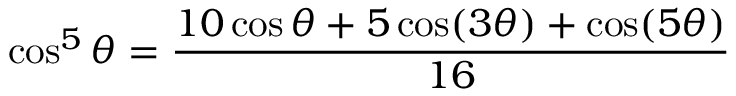
\cos ^ { 5 } \theta = { \frac { 1 0 \cos \theta + 5 \cos ( 3 \theta ) + \cos ( 5 \theta ) } { 1 6 } }